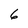
Character: 6